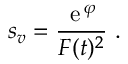
s _ { v } = \frac { { \, \mathrm e } \, ^ { \varphi } } { F ( t ) ^ { 2 } } \ .